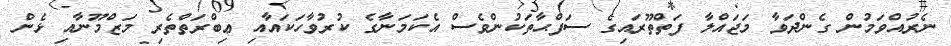
ނެރުއްވަމުން ގެންދަވާ މަޖައްލާ ފަތްތޫރައިގެ ސަފްޙާތަކުންވެސް އެކަމަނާގެ ކުރުވާހަކައާއި ޢިބްރަތްތެރި މަޒްމޫނާއި ޅެން